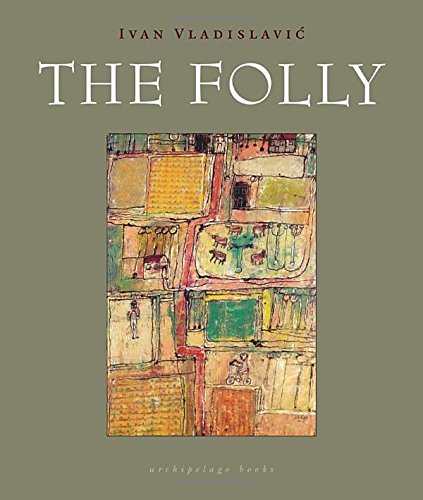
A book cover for The Folly; Ivan Vladislavic; Literature & Fiction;